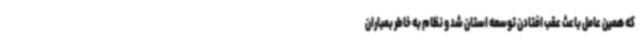
که همین عامل باعث عقب افتادن توسعه استان شد و نظام به خاطر بمباران